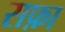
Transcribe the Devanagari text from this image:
सफ़ा